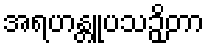
အရဟန္တူပသဉှိတာ